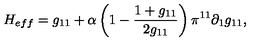
H _ { e f f } = g _ { 1 1 } + \alpha \left( 1 - \frac { 1 + g _ { 1 1 } } { 2 g _ { 1 1 } } \right) \pi ^ { 1 1 } \partial _ { 1 } g _ { 1 1 } ,